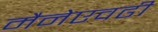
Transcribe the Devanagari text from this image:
मैनेएवढी